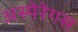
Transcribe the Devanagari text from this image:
अस्पेरेगस